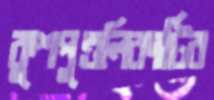
কুশপুত্তলিকাটির